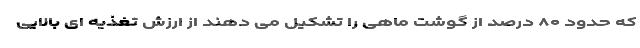
که حدود ۸۰ درصد از گوشت ماهی را تشکیل می دهند از ارزش تغذیه ای بالایی